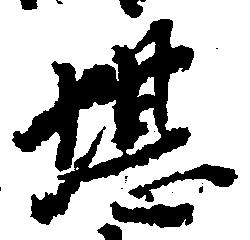
堪